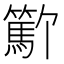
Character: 𬕳